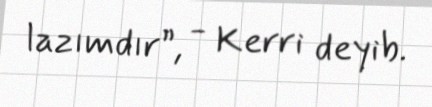
lazımdır”, - Kerri deyib.